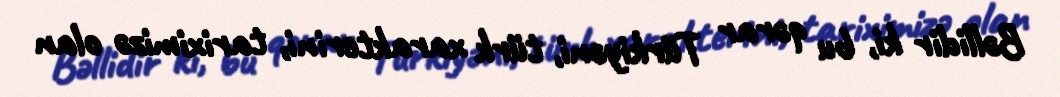
Bəllidir ki, bu qərar Türkiyəni, türk xarakterini, tariximizə olan